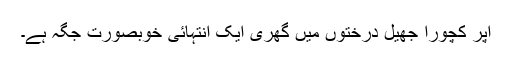
اپر کچورا جھیل درختوں میں گھری ایک انتہائی خوبصورت جگہ ہے۔